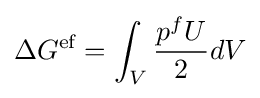
\Delta G^{\text{ef}}=\int _{V}{\frac {p^{f}U}{2}}dV